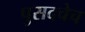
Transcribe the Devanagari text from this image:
पुसदचेच